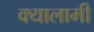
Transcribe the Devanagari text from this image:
क्यालामी